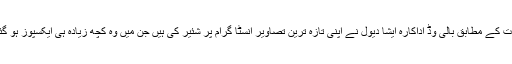
تفصیلات کے مطابق بالی وڈ اداکارہ ایشا دیول نے اپنی تازہ ترین تصاویر انسٹا گرام پر شئیر کی ہیں جن میں وہ کچھ زیادہ ہی ایکسپوز ہو گئیں ہیں۔